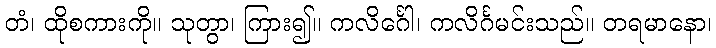
တံ၊ ထိုစကားကို။ သုတွာ၊ ကြား၍။ ကလိင်္ဂေါ၊ ကလိင်္ဂမင်းသည်။ တရမာနော၊